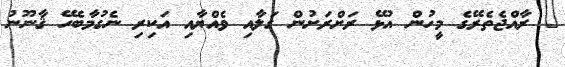
_ ރާއްޖެތެރޭގެ މީހުން އުޅޭ ރަށްރަށުން ގަލާއި ވެއްޔާއި އަކިރި ނެގުމާބެހޭ ޤާނޫނު